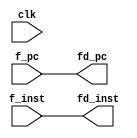
module fet_dec (clk, f_inst, f_pc, fd_inst, fd_pc);

input clk;
input [31:0] f_inst;
input [11:0] f_pc;
output [11:0] fd_pc;
output [31:0] fd_inst;

reg [31:0] fet_dec [1:0];

always @(*)
begin
	fet_dec[0] <= f_inst;
	fet_dec[1] <= f_pc;
end
/*
always @(f_pc)
begin
	fet_dec[1] <= f_pc;
end
*/

assign fd_inst = fet_dec[0];
assign fd_pc = fet_dec[1];

endmodule